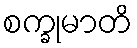
စက္ခုမာတိ